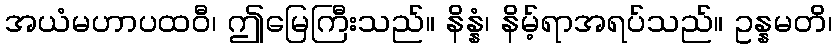
အယံမဟာပထဝီ၊ ဤမြေကြီးသည်။ နိန္နံ၊ နိမ့်ရာအရပ်သည်။ ဥန္နမတိ၊